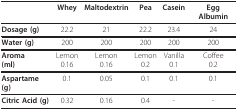
<table><thead><tr><td></td><td><b>Whey</b></td><td><b>Maltodextrin</b></td><td><b>Pea</b></td><td><b>Casein</b></td><td><b>Egg Albumin</b></td></tr></thead><tbody><tr><td><b>Dosage (g)</b></td><td>22.2</td><td>21</td><td>22.2</td><td>23.4</td><td>24</td></tr><tr><td><b>Water (g)</b></td><td>200</td><td>200</td><td>200</td><td>200</td><td>200</td></tr><tr><td><b>Aroma</b><b>(ml)</b></td><td>Lemon0.16</td><td>Lemon0.16</td><td>Lemon0.2</td><td>Vanilla0.1</td><td>Coffee0.2</td></tr><tr><td><b>Aspartame (g)</b></td><td>0.1</td><td>0.05</td><td>0.1</td><td>0.1</td><td>0.1</td></tr><tr><td><b>Citric Acid (g)</b></td><td>0.32</td><td>0.16</td><td>0.4</td><td>-</td><td>-</td></tr></tbody></table>